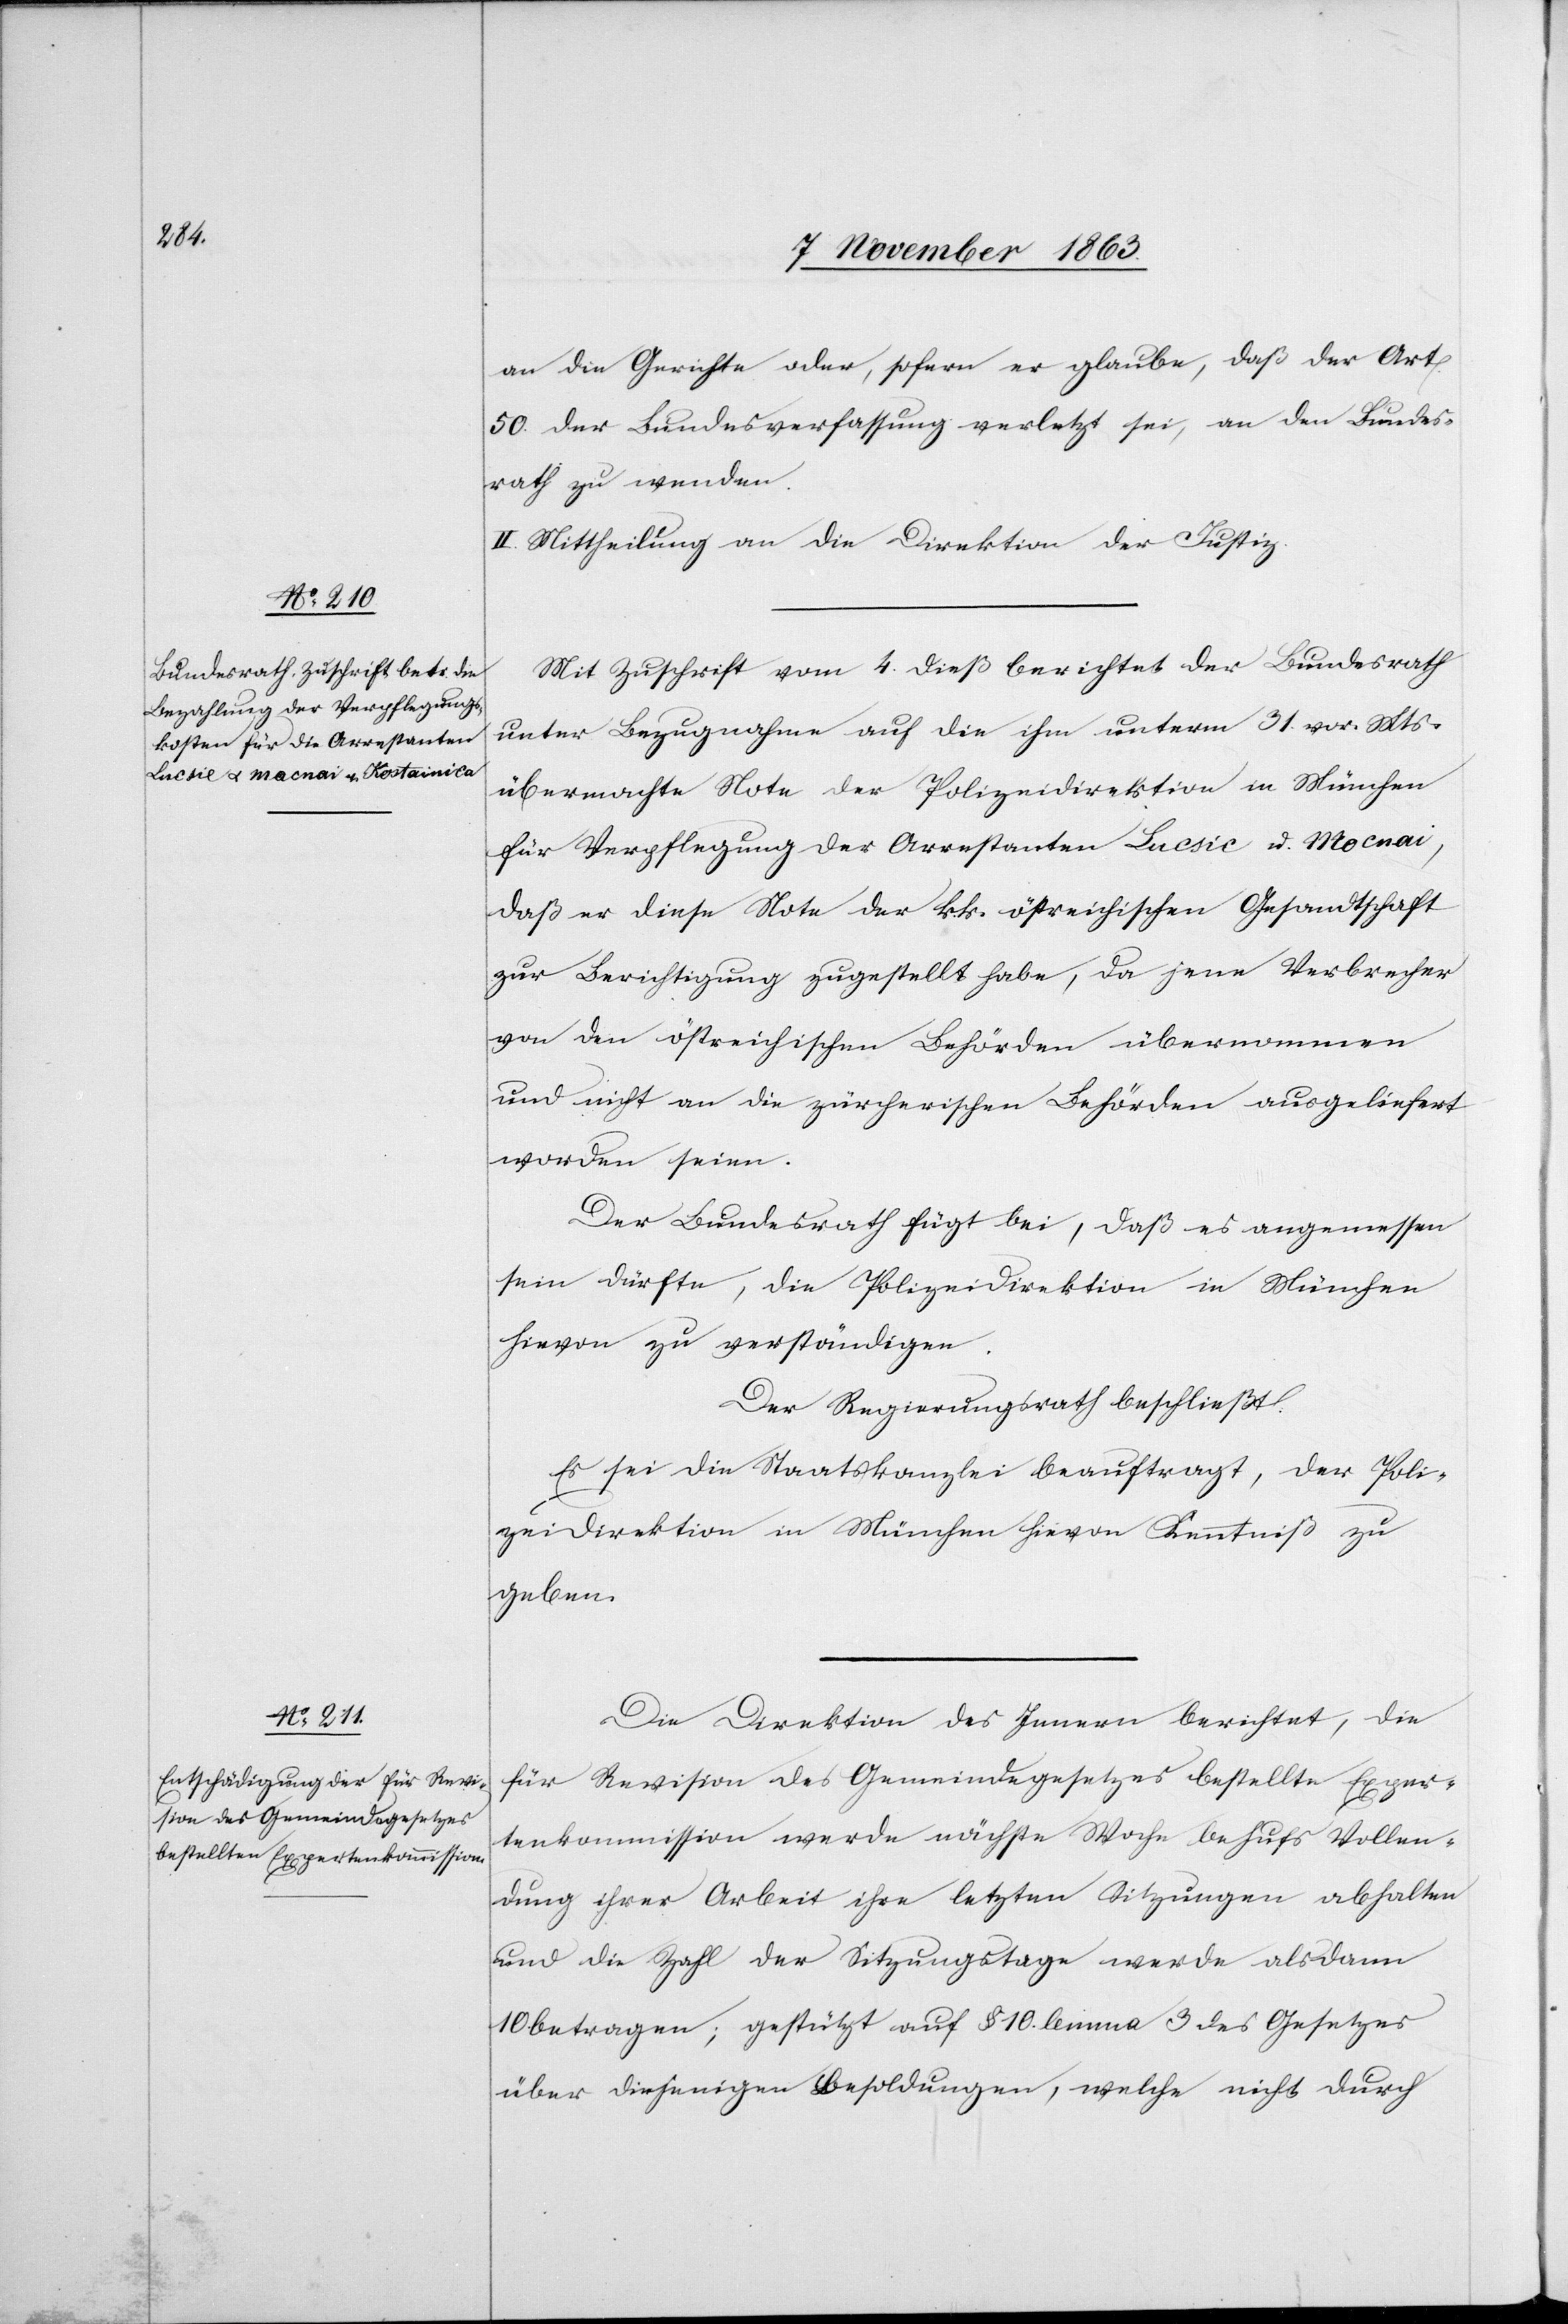
an die Gerichte oder, sofern er glaube, daß der Art.
50. der Bundesverfassung verletzt sei, an den Bundes¬
rath zu wenden.
II. Mittheilung an die Direktion der Justiz.
Mit Zuschrift vom 4. dieß berichtet der Bundesrath
unter Bezugnahme auf die ihm unterm 31. vor. Mts.
übermachte Note der Polizeidirektion in München
für Verpflegung der Arrestanten Lucsic u. Mocnai,
daß er diese Note der k. k. östreichischen Gesandtschaft
zur Berichtigung zugestellt habe, da jene Verbrecher
von den östreichischen Behörden übernommen
und nicht an die zürcherischen Behörden ausgeliefert
worden seien.
Der Bundesrath fügt bei, daß es angemessen
sein dürfte, die Polizeidirektion in München
hievon zu verständigen.
Der Regierungsrath beschließt:
Es sei die Staatskanzlei beauftragt, der Poli¬
zeidirektion in München hievon Kenntniß zu
geben.
Die Direktion des Innern berichtet, die
für Revision des Gemeindegesetzes bestellte Exper¬
tenkommission werde nächste Woche behufs Vollen¬
dung ihrer Arbeit ihre letzten Sitzungen abhalten
und die Zahl der Sitzungstage werde alsdann
10. betragen; gestützt auf § 10. lemma 3 des Gesetzes
über diejenigen Besoldungen, welche nicht durch